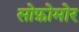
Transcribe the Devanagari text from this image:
सोफ़ोमोर